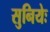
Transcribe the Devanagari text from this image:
सुनियेः